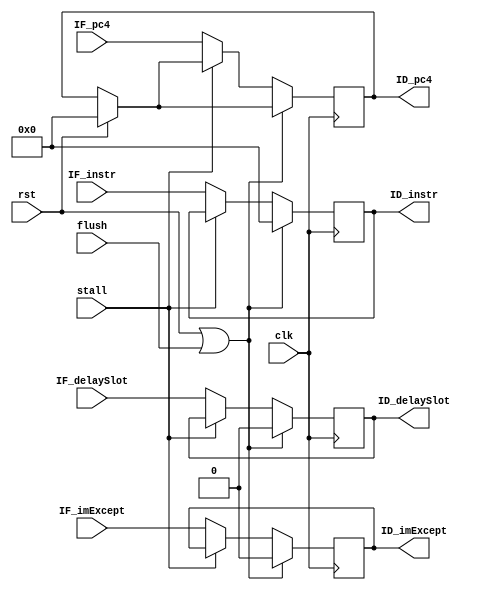
// This file is automatically generated by Script.py.

module IF_ID(
    input         clk,
    input         rst,
    input         flush,
    input         stall,
    input  [31:0] IF_pc4,
    input  [31:0] IF_instr,
    input         IF_imExcept,
    input         IF_delaySlot,
    output [31:0] ID_pc4,
    output [31:0] ID_instr,
    output        ID_imExcept,
    output        ID_delaySlot
);
    reg    [31:0] pc4Reg;
    reg    [31:0] instrReg;
    reg           imExceptReg;
    reg           delaySlotReg;

    always @ (posedge clk)
    begin
        if (rst)
            pc4Reg <= 0;
        if (rst || flush)
        begin
            instrReg <= 0;
            imExceptReg <= 0;
            delaySlotReg <= 0;
        end
        else if (!stall)
        begin
            pc4Reg <= IF_pc4;
            instrReg <= IF_instr;
            imExceptReg <= IF_imExcept;
            delaySlotReg <= IF_delaySlot;
        end
    end

    assign ID_pc4 = pc4Reg;
    assign ID_instr = instrReg;
    assign ID_imExcept = imExceptReg;
    assign ID_delaySlot = delaySlotReg;

endmodule